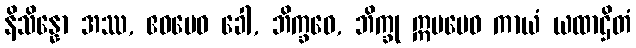
နိသိန္နော အဿ, ဧဝမေဝ ခေါ, ဘိက္ခဝေ, ဘိက္ခု ဣမမေဝ ကာယံ ယထာဌိတံ